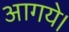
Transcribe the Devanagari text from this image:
आगये।